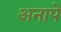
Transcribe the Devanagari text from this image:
अनापे